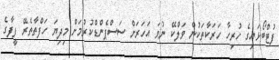
ފުޓްބޯޅައިގެ ހުރިހާ ހަރަކާތަކުން ވަލްކޭ ނުވަ އަހަރަށް ސަސްޕެންޑްކުރުމަށް މިދިޔަ ހަފްތާތެރޭ ފީފާގެ